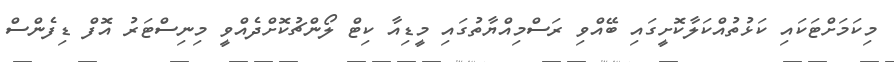
މިކަމަށްޓަކައި ކަޅުތުއްކަލާކޮށީގައި ބޭއްވި ރަސްމިއްޔާތުގައި މީޑިއާ ކިޓް ލޯންޗުކޮށްދެއްވީ މިނިސްޓަރު އޮފް ޑިފެންސް